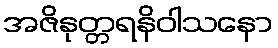
အဇိနုတ္တရနိဝါသနော